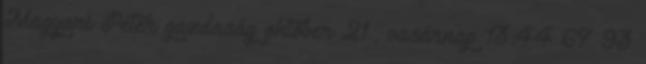
Magyari Péter gazdaság október 21., vasárnap 13:44 67 93